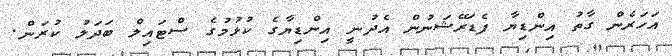
އަހަރެން ގާތު އިންޑިޔާ ފެޑަރޭޝަނުން އެދުނީ އިންޑިޔާގެ ކުޅުމުގެ ސްޓައިލް ބަދަލު ކުރަން.